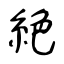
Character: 絶